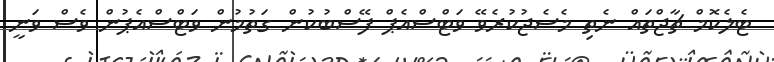
ޓެލެކޮމް ޗާޖްތައް ނެތި މެސެޖުކުރެވޭ ވަޓްސްއެޕް ފޭސްބުކުން ގަތުމުން ވަޓްސްއެޕުން ވެސް ވަނީ